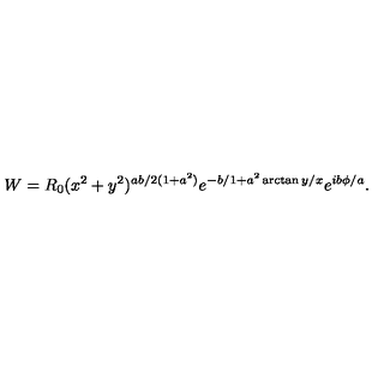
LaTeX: W = R _ { 0 } ( x ^ { 2 } + y ^ { 2 } ) ^ { a b / 2 ( 1 + a ^ { 2 } ) } e ^ { - b / 1 + a ^ { 2 } \arctan y / x } e ^ { i b \phi / a } .